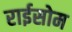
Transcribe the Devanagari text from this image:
राईसोम